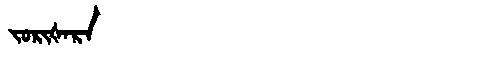
Manchu: ᠵᠣᡵᡳᡧᠠᡵᠠ
Romanization: JORIŠARA